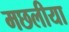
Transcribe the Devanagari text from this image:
मछलीया